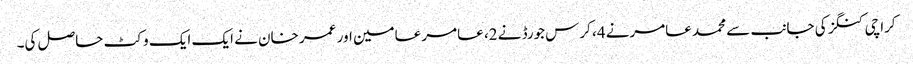
کراچی کنگز کی جانب سے محمد عامرنے 4، کرس جورڈ نے 2، عامر عامین اور عمر خان نے ایک ایک وکٹ حاصل کی۔